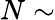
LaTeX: N\sim